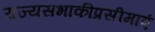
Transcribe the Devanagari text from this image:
राज्यसभाकीप्रसीमाएं